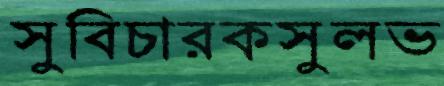
সুবিচারকসুলভ